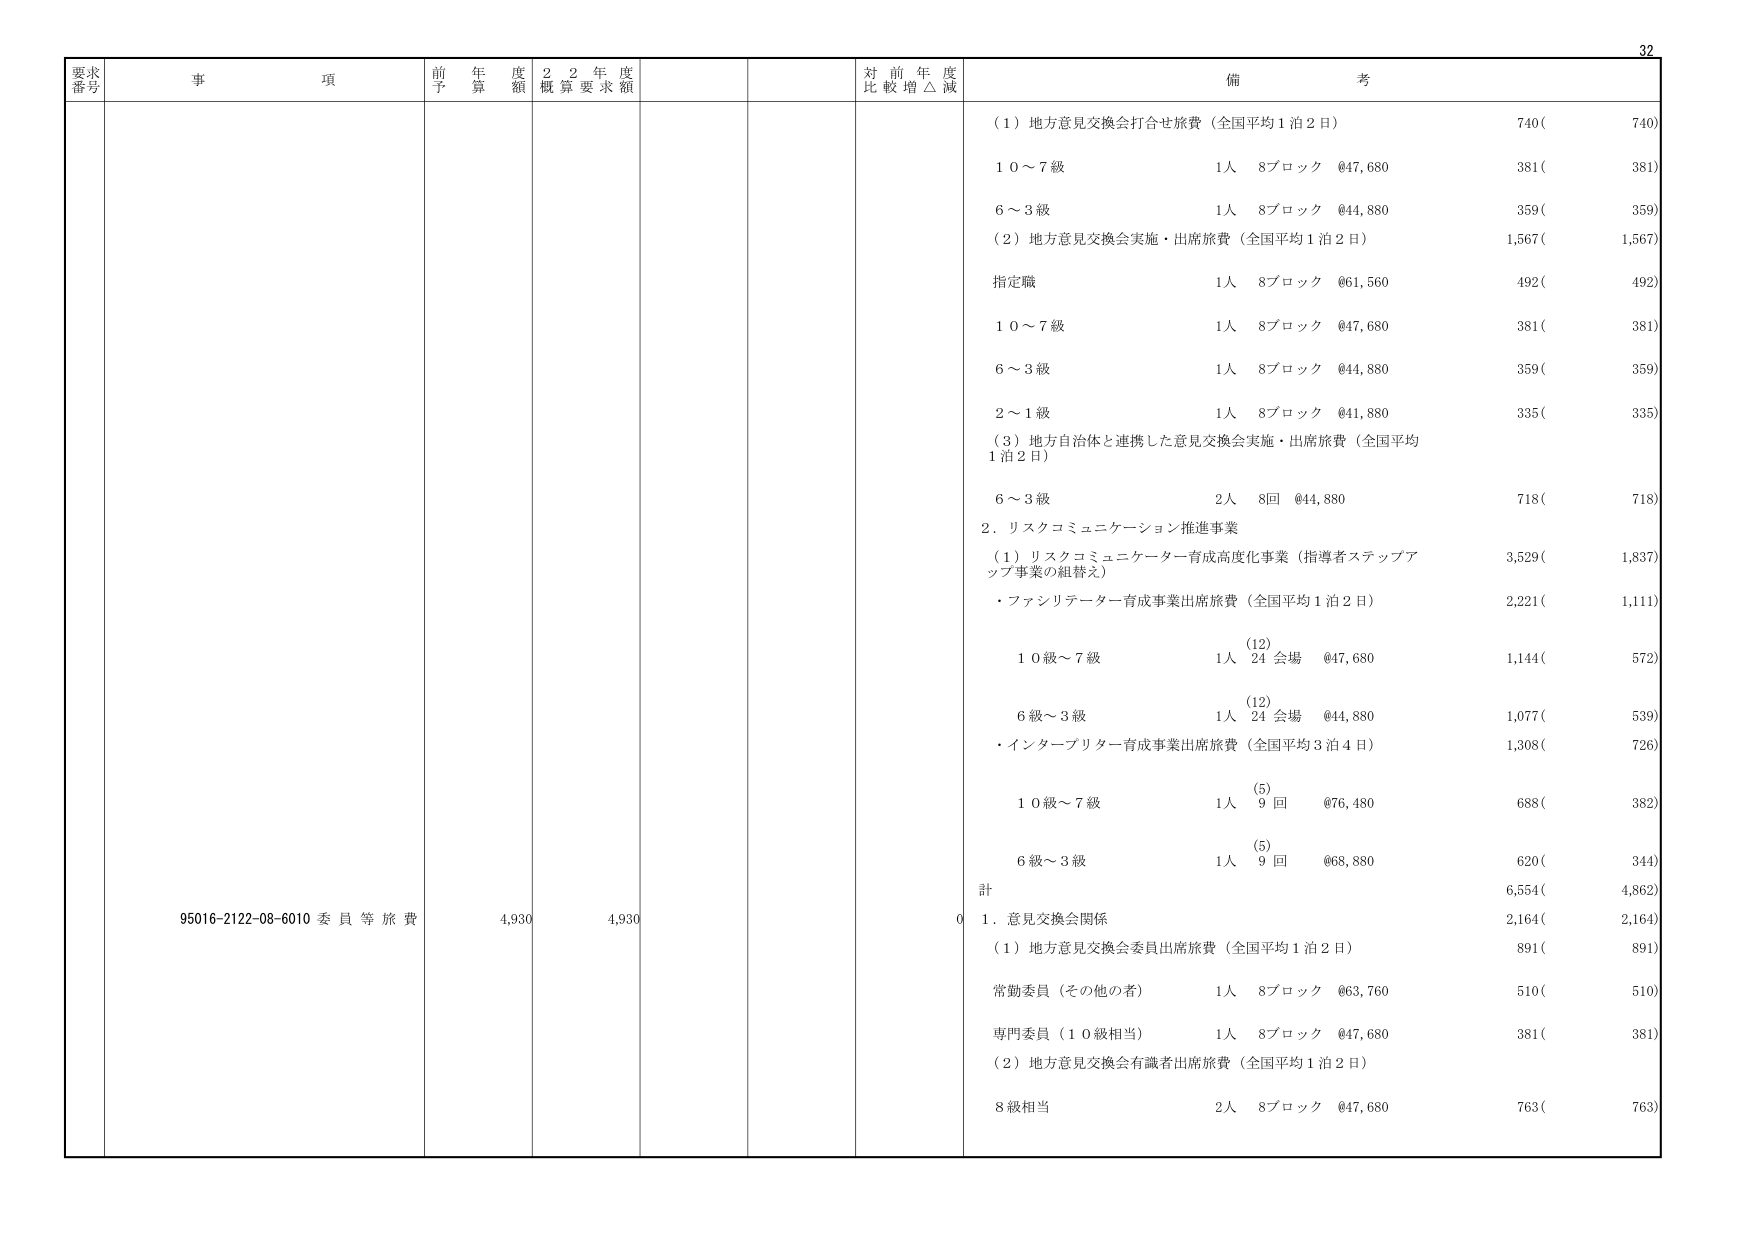
要求番号 事項 前年度予算額 2年度概算要求額 対前年度比較増△減 備考
95016-2122-08-6010 委員等旅費 4,930 4,930 0
（1）地方意見交換会打合せ旅費（全国平均1泊2日） 740( 740)
10～7級 1人 8ブロック @47,680 381( 381)
6～3級 1人 8ブロック @44,880 359( 359)
（2）地方意見交換会実施・出席旅費（全国平均1泊2日） 1,567( 1,567)
指定職 1人 8ブロック @61,560 492( 492)
10～7級 1人 8ブロック @47,680 381( 381)
6～3級 1人 8ブロック @44,880 359( 359)
2～1級 1人 8ブロック @41,880 335( 335)
（3）地方自治体と連携した意見交換会実施・出席旅費（全国平均1泊2日） 6～3級 2人 8回 @44,880 718( 718)
2．リスクコミュニケーション推進事業
（1）リスクコミュニケーター育成高度化事業（指導者ステップアップ事業の組替え） 3,529( 1,837)
・ファシリテーター育成事業出席旅費（全国平均1泊2日） 2,221( 1,111)
（12） 10級～7級 1人 24会場 @47,680 1,144( 572)
（12） 6級～3級 1人 24会場 @44,880 1,077( 539)
・インタープリター育成事業出席旅費（全国平均3泊4日） 1,308( 726)
（5） 10級～7級 1人 9回 @76,480 688( 382)
（5） 6級～3級 1人 9回 @68,880 620( 344)
計 6,554( 4,862)
1．意見交換会関係 2,164( 2,164)
（1）地方意見交換会委員出席旅費（全国平均1泊2日） 891( 891)
常勤委員（その他の者） 1人 8ブロック @63,760 510( 510)
専門委員（10級相当） 1人 8ブロック @47,680 381( 381)
（2）地方意見交換会有識者出席旅費（全国平均1泊2日） 8級相当 2人 8ブロック @47,680 763( 763)
32